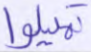
تميلوا